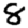
Digit: 8